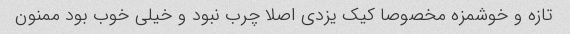
تازه و خوشمزه مخصوصا کیک یزدی اصلا چرب نبود و خیلی خوب بود ممنون